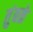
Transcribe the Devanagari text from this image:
तुंबळे